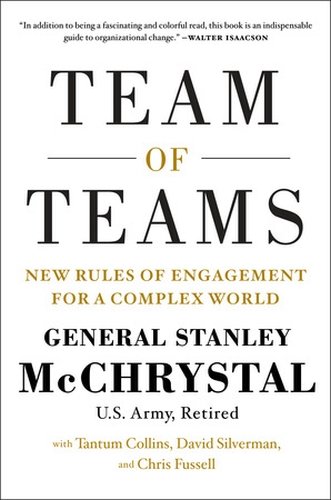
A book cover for Team of Teams: New Rules of Engagement for a Complex World; General Stanley McChrystal; Business & Money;